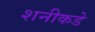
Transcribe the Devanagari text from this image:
शनीकडे